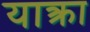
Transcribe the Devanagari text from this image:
याक्त्रा